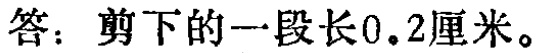
答：剪下的一段长\(0.2\)厘米。